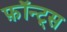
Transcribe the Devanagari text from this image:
फ़ॉन्ट्‍स